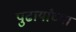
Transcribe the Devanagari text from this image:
पुढार्यांच्या